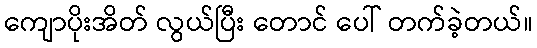
ကျောပိုးအိတ် လွယ်ပြီး တောင် ပေါ် တက်ခဲ့တယ်။